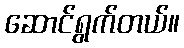
ဆောင်ရွက်တယ်။